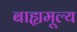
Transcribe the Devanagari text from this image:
बाह्यमूल्य